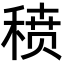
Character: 𬓱